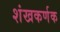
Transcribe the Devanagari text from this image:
शंखकर्णक